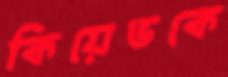
কিয়েভকে